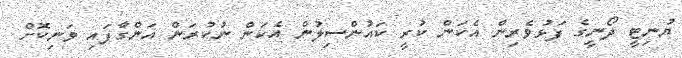
ޔުނިޓީ ދޯނީގެ ފަޅުވެރިން އެކަން ކުރީ ކައުންސިލުން އެކަން ނުކުރަން އަންގާފައި ވަނިކޮށް